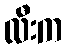
လီးက